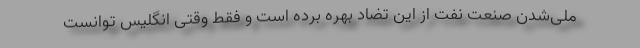
ملی‌شدن صنعت نفت از این تضاد بهره برده است و فقط وقتی انگلیس توانست